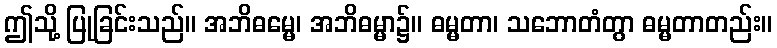
ဤသို့ ပြုခြင်းသည်။ အဘိဓမ္မေ၊ အဘိဓမ္မာ၌။ ဓမ္မတာ၊ သဘောတံတွာ ဓမ္မတာတည်း။